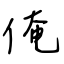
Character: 俺